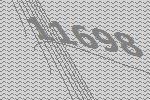
11698